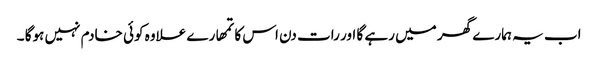
اب یہ ہمارے گھر میں رہے گا اور رات دن اس کا تمھارے علاوہ کوئی خادم نہیں ہوگا ۔